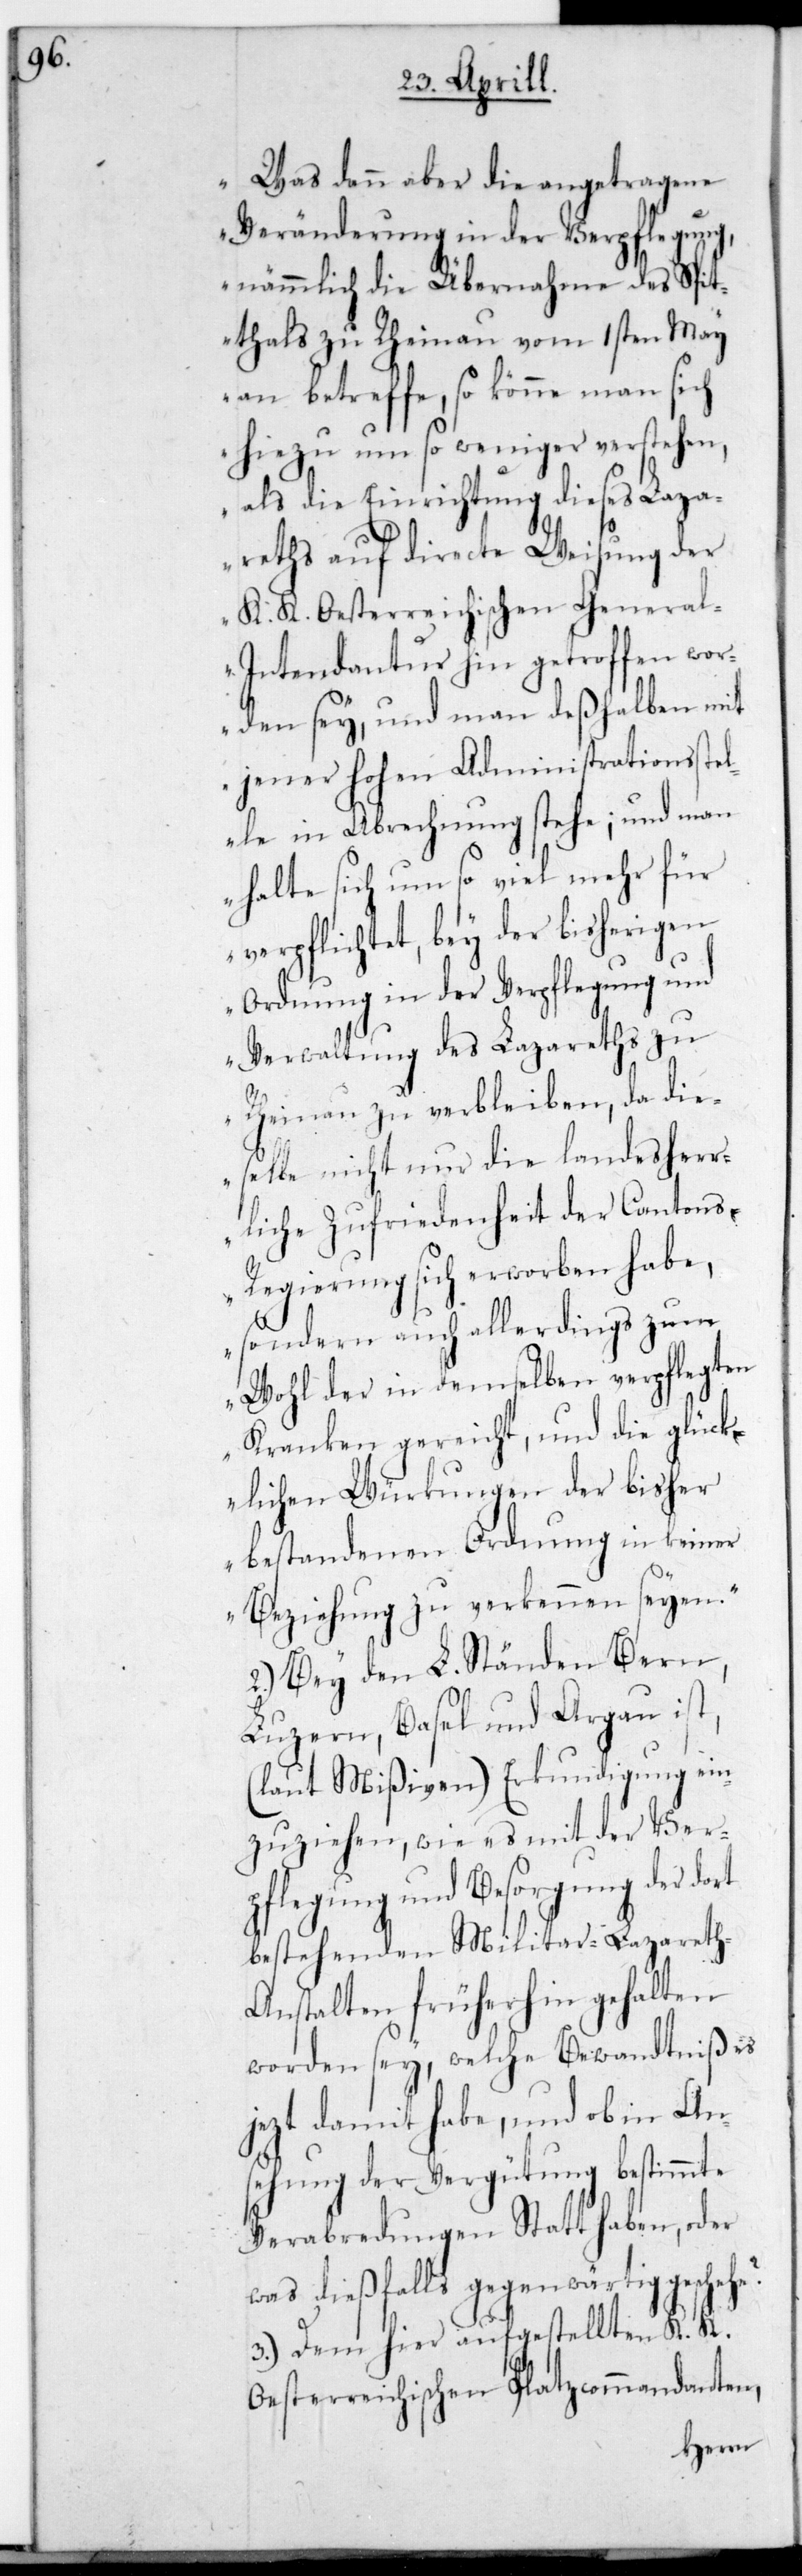
Was dann aber die angetragene
Veränderung in der Verpflegung,
nämmlich die Übernahme des Spit¬
thals zu Rheinau vom 1sten May
an betreffe, so könne man sich
hiezu um so weniger verstehen,
als die Einrichtung dieses Laza¬
reths auf directe Weisung der
K. K. Oesterreichischen Genera¬
l-Intendantur hin getroffen wor¬
den sey, und man deshalben mit
jener Hohen Administrationsstel¬
le in Abrechnung stehe; und man
halte sich umso viel mehr für
verpflichtet, bey der bisherigen
Ordnung in der Verpflegung und
Verwaltung des Lazareths zu
Rheinau zu verbleiben, da die¬
selbe nicht nur die landesherr¬
liche Zufriedenheit der Cantons¬
regierung sich erworben habe,
sondern auch alllerdings zum
Wohl der in demselben verpflegten
Kranken gereicht, und die glück¬
lichen Würkungen der bisher
bestandenen Ordnung in keiner
Beziehung zu verkennen seyen.“
2.) Bey den L. Ständen Bern,
Luzern, Basel und Argau ist
(laut Mißiven), Erkundigung ein¬
zuziehen, wie es mit der Ver¬
pflegung und Besorgung der dort
bestehenden Militär-Lazaret¬
h-Anstalten früherhin gehalten
worden sey, welche Bewandtniß es
jetzt damit habe, und ob in Ans¬
ehung der Vergütung bestimmte
Verabredungen Statt haben, oder
was dießfalls gegenwärtig geschehe?
3.) Dem hier aufgestellten K. K.
Oesterreichischen Platzcommandanten,